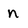
Character: n